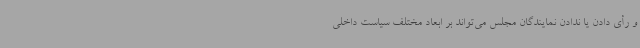
و رأی دادن یا ندادن نمایندگان مجلس می‌تواند بر ابعاد مختلف سیاست داخلی